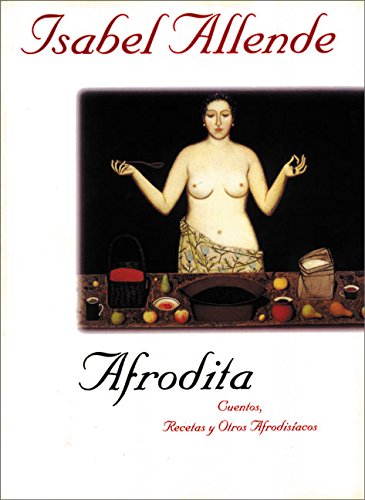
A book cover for Afrodita: Cuentos, Recetas y Otros Afrodisiacos; Isabel Allende; Literature & Fiction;